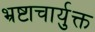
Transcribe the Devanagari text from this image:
भ्रष्टाचार्युक्त